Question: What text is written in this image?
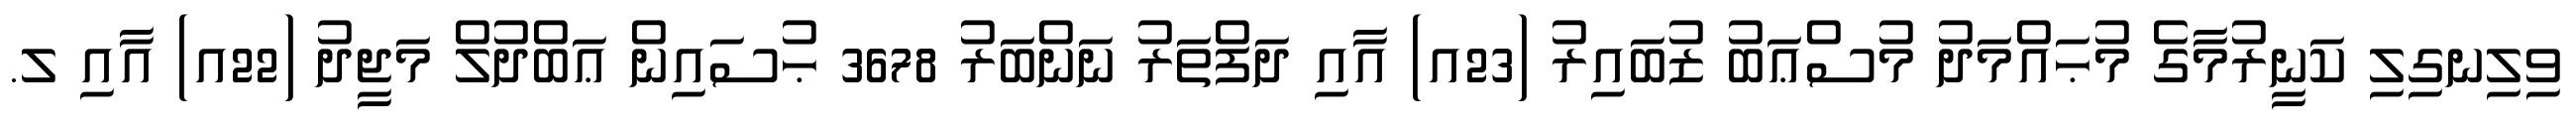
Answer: ވިލިނގިލި ކަނީރުމާގެ މުޙައްމަދު މުސްޢަބު ޒުބައިރު (23އ) އާއި ދަފްތަރު ނަންބަރު 3678 ޙުސައިން ޢަބްދުލް މަޖީދު (22އ) އާއި ލ.